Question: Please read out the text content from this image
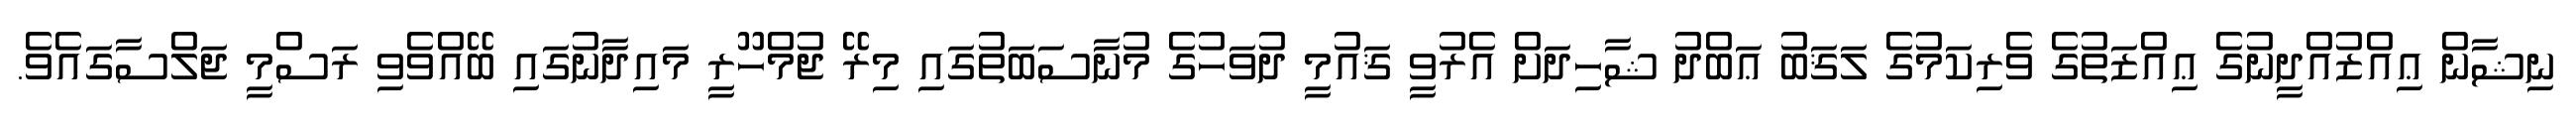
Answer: ނިޝާން ޢިއްޒުއްދީނުގެ ޢިއްޒަތުގެ ވެރިކަމުގެ ލަޤަބު ޢަބްދު ޝާހިދަށް އެރުވީ ޤައުމީ ދުވަހުގެ މުނާސަބަތުގައި މިރޭ ޖުމްހޫރީ މައިދާނުގައި ބޭއްވެވި ރަސްމީ ޖަލްސާގައެވެ.